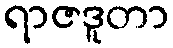
ရာဇဒူတာ